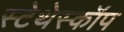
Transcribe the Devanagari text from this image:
स्‍टेथेस्‍कॉप